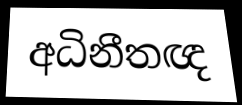
අධිනීතඥ